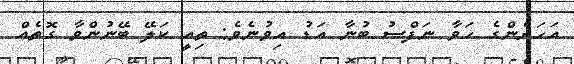
އަހަރެންގެ ހަވާ ނަފްސު ބުނާ އަޑު އިވުނެވެ: ތިއީ ކަލޭ ބޭނުންވާ ގޮތެއް